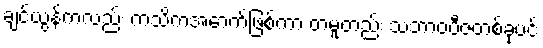
ချင်ယွန်ကလည်း ကသိကအောက်ဖြစ်ကာ တမူတည်း သဘာဝဗီဇတစ်ခုပင်